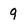
Character: 9